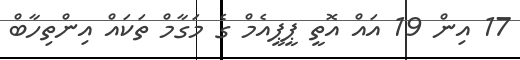
17 އިން 19 އައް އޮތީ ޕީޕީއެމް ގެ މަގާމް ތަކައް އިންތިހާބް